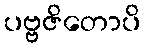
ပဗ္ဗဇိတောပိ